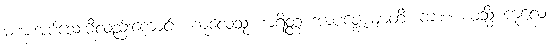
မစားအပ်သေးမီလည်းကောင်း။ ကုလေသု စာရိတ္တံ အာပဇ္ဇေယျာတိ၊ ကား။ ယသ္မိံ ကုလေ၊